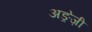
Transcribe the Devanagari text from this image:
अङ्रेज़ी